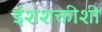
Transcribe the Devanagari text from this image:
ईशशक्तीशी